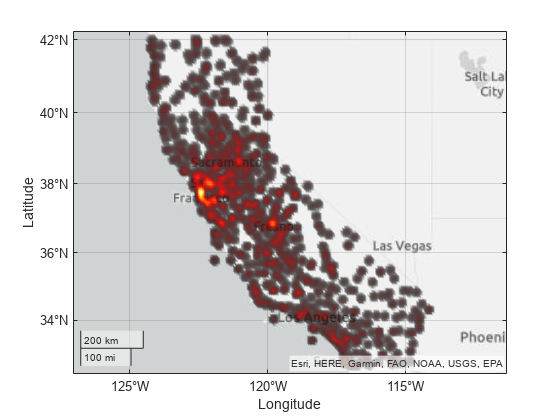
matlab, geodensityplot, colormap